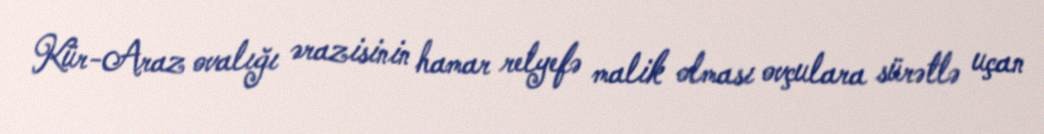
Kür-Araz ovalığı ərazisinin hamar relyefə malik olması ovçulara sürətlə uçan